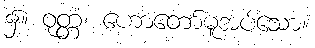
၌။ ဝုတ္တံ၊ ဟောတော်မူအပ်သော။